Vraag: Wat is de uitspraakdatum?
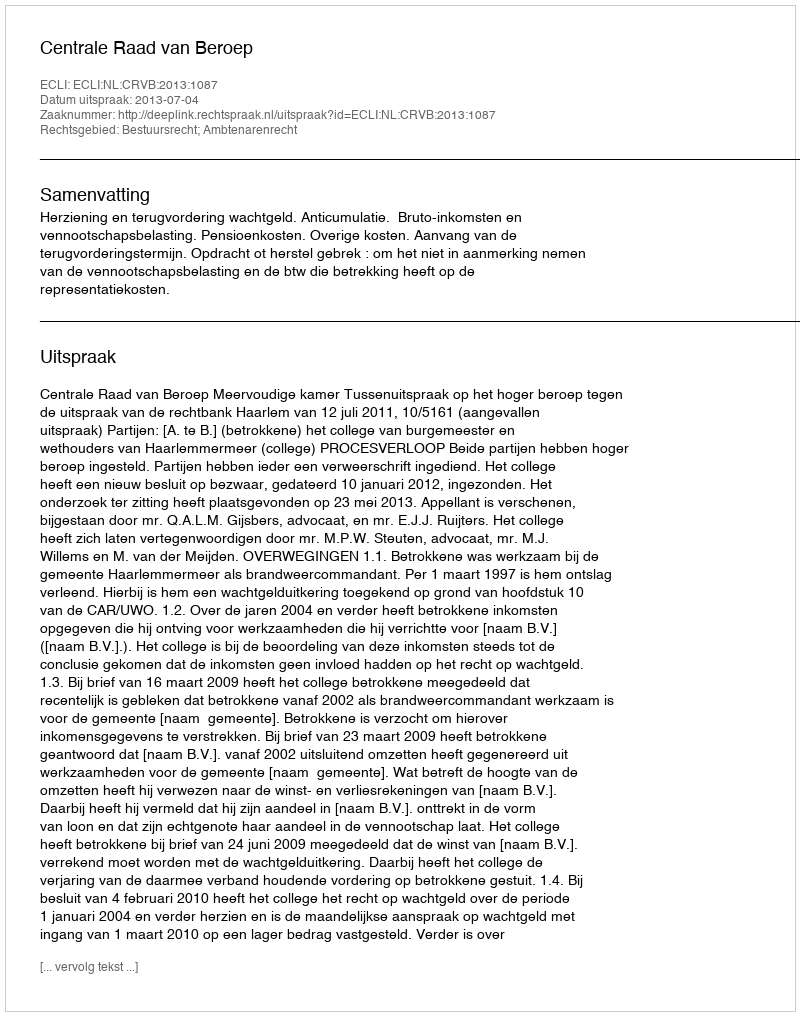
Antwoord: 2013-07-04